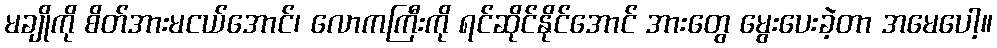
မချိုကို စိတ်အားမငယ်အောင်၊ လောကကြီးကို ရင်ဆိုင်နိုင်အောင် အားတွေ မွေးပေးခဲ့တာ အမေပေါ့။